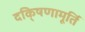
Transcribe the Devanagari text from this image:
दकि्षणामूर्ति